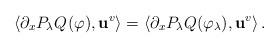
LaTeX: \begin{align*}\left\langle \partial_x P_\lambda Q^{}(\varphi),\mathbf{u}^v\right\rangle =\left\langle \partial_x P_\lambda Q(\varphi_\lambda),\mathbf{u}^v\right\rangle.\end{align*}